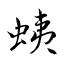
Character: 蛦